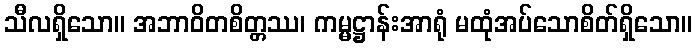
သီလရှိသော။ အဘာဝိတစိတ္တဿ၊ ကမ္မဋ္ဌာန်းအာရုံ မထုံအပ်သောစိတ်ရှိသော။